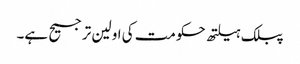
پبلک ہیلتھ حکومت کی اولین ترجیح ہے۔